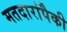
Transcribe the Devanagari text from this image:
मतदारांपैकी